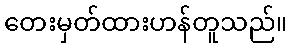
တေးမှတ်ထားဟန်တူသည်။